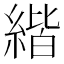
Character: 𦂄